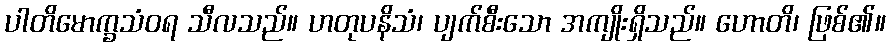
ပါတိမောက္ခသံဝရ သီလသည်။ ဟတုပနိသံ၊ ပျက်စီးသော အကျိုးရှိသည်။ ဟောတိ၊ ဖြစ်၏။